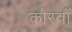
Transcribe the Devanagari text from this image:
कौरवौं